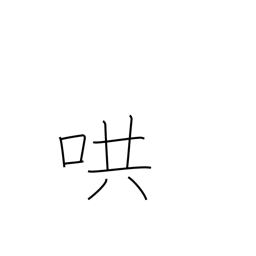
Meaning: reverberate